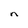
Character: n